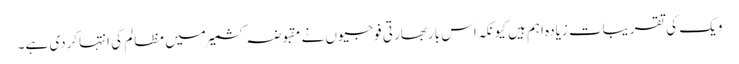
ویک کی تقریبات زیادہ اہم ہیں کیونکہ اس باربھارتی فوجیوں نے مقبوضہ کشمیرمیں مظالم کی انتہاکردی ہے۔